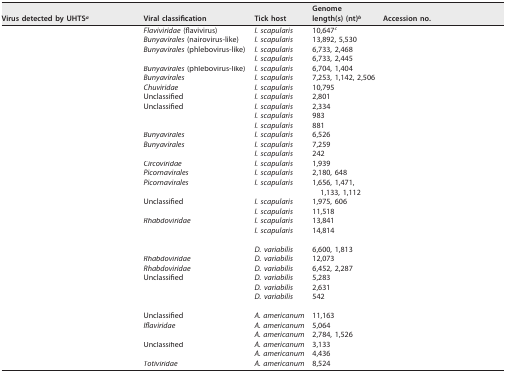
<table><thead><tr><td><b>Virus detected by UHTS<sup>a</sup></b></td><td><b>Viral classification</b></td><td><b>Tick host</b></td><td><b>Genome length(s) (nt)<sup>b</sup></b></td><td><b>Accession no.</b></td></tr></thead><tbody><tr><td>[EMPTY_CELL]</td><td><i>Flaviviridae</i> (flavivirus)</td><td><i>I. scapularis</i></td><td>10,647<sup>c</sup></td><td>[EMPTY_CELL]</td></tr><tr><td>[EMPTY_CELL]</td><td><i>Bunyavirales</i> (nairovirus-like)</td><td><i>I. scapularis</i></td><td>13,892, 5,530</td><td>[EMPTY_CELL]</td></tr><tr><td>[EMPTY_CELL]</td><td><i>Bunyavirales</i> (phlebovirus-like)</td><td><i>I. scapularis</i></td><td>6,733, 2,468</td><td>[EMPTY_CELL]</td></tr><tr><td>[EMPTY_CELL]</td><td>[EMPTY_CELL]</td><td><i>I. scapularis</i></td><td>6,733, 2,445</td><td>[EMPTY_CELL]</td></tr><tr><td>[EMPTY_CELL]</td><td><i>Bunyavirales</i> (phlebovirus-like)</td><td><i>I. scapularis</i></td><td>6,704, 1,404</td><td>[EMPTY_CELL]</td></tr><tr><td>[EMPTY_CELL]</td><td><i>Bunyavirales</i></td><td><i>I. scapularis</i></td><td>7,253, 1,142, 2,506</td><td>[EMPTY_CELL]</td></tr><tr><td>[EMPTY_CELL]</td><td><i>Chuviridae</i></td><td><i>I. scapularis</i></td><td>10,795</td><td>[EMPTY_CELL]</td></tr><tr><td>[EMPTY_CELL]</td><td>Unclassified</td><td><i>I. scapularis</i></td><td>2,801</td><td>[EMPTY_CELL]</td></tr><tr><td>[EMPTY_CELL]</td><td>Unclassified</td><td><i>I. scapularis</i></td><td>2,334</td><td>[EMPTY_CELL]</td></tr><tr><td>[EMPTY_CELL]</td><td>[EMPTY_CELL]</td><td><i>I. scapularis</i></td><td>983</td><td>[EMPTY_CELL]</td></tr><tr><td>[EMPTY_CELL]</td><td>[EMPTY_CELL]</td><td><i>I. scapularis</i></td><td>881</td><td>[EMPTY_CELL]</td></tr><tr><td>[EMPTY_CELL]</td><td><i>Bunyavirales</i></td><td><i>I. scapularis</i></td><td>6,526</td><td>[EMPTY_CELL]</td></tr><tr><td>[EMPTY_CELL]</td><td><i>Bunyavirales</i></td><td><i>I. scapularis</i></td><td>7,259</td><td>[EMPTY_CELL]</td></tr><tr><td>[EMPTY_CELL]</td><td>[EMPTY_CELL]</td><td><i>I. scapularis</i></td><td>242</td><td>[EMPTY_CELL]</td></tr><tr><td>[EMPTY_CELL]</td><td><i>Circoviridae</i></td><td><i>I. scapularis</i></td><td>1,939</td><td>[EMPTY_CELL]</td></tr><tr><td>[EMPTY_CELL]</td><td><i>Picornavirales</i></td><td><i>I. scapularis</i></td><td>2,180, 648</td><td>[EMPTY_CELL]</td></tr><tr><td>[EMPTY_CELL]</td><td><i>Picornavirales</i></td><td><i>I. scapularis</i></td><td>1,656, 1,471, 1,133, 1,112</td><td>[EMPTY_CELL]</td></tr><tr><td>[EMPTY_CELL]</td><td>Unclassified</td><td><i>I. scapularis</i></td><td>1,975, 606</td><td>[EMPTY_CELL]</td></tr><tr><td>[EMPTY_CELL]</td><td>[EMPTY_CELL]</td><td><i>I. scapularis</i></td><td>11,518</td><td>[EMPTY_CELL]</td></tr><tr><td>[EMPTY_CELL]</td><td><i>Rhabdoviridae</i></td><td><i>I. scapularis</i></td><td>13,841</td><td>[EMPTY_CELL]</td></tr><tr><td>[EMPTY_CELL]</td><td>[EMPTY_CELL]</td><td><i>I. scapularis</i></td><td>14,814</td><td>[EMPTY_CELL]</td></tr><tr><td colspan="5">[EMPTY_CELL]</td></tr><tr><td>[EMPTY_CELL]</td><td>[EMPTY_CELL]</td><td><i>D. variabilis</i></td><td>6,600, 1,813</td><td>[EMPTY_CELL]</td></tr><tr><td>[EMPTY_CELL]</td><td><i>Rhabdoviridae</i></td><td><i>D. variabilis</i></td><td>12,073</td><td>[EMPTY_CELL]</td></tr><tr><td>[EMPTY_CELL]</td><td><i>Rhabdoviridae</i></td><td><i>D. variabilis</i></td><td>6,452, 2,287</td><td>[EMPTY_CELL]</td></tr><tr><td>[EMPTY_CELL]</td><td>Unclassified</td><td><i>D. variabilis</i></td><td>5,283</td><td>[EMPTY_CELL]</td></tr><tr><td>[EMPTY_CELL]</td><td>[EMPTY_CELL]</td><td><i>D. variabilis</i></td><td>2,631</td><td>[EMPTY_CELL]</td></tr><tr><td>[EMPTY_CELL]</td><td>[EMPTY_CELL]</td><td><i>D. variabilis</i></td><td>542</td><td>[EMPTY_CELL]</td></tr><tr><td colspan="5">[EMPTY_CELL]</td></tr><tr><td>[EMPTY_CELL]</td><td>Unclassified</td><td><i>A. americanum</i></td><td>11,163</td><td>[EMPTY_CELL]</td></tr><tr><td>[EMPTY_CELL]</td><td><i>Iflaviridae</i></td><td><i>A. americanum</i></td><td>5,064</td><td>[EMPTY_CELL]</td></tr><tr><td>[EMPTY_CELL]</td><td>[EMPTY_CELL]</td><td><i>A. americanum</i></td><td>2,784, 1,526</td><td>[EMPTY_CELL]</td></tr><tr><td>[EMPTY_CELL]</td><td>Unclassified</td><td><i>A. americanum</i></td><td>3,133</td><td>[EMPTY_CELL]</td></tr><tr><td>[EMPTY_CELL]</td><td>[EMPTY_CELL]</td><td><i>A. americanum</i></td><td>4,436</td><td>[EMPTY_CELL]</td></tr><tr><td>[EMPTY_CELL]</td><td><i>Totiviridae</i></td><td><i>A. americanum</i></td><td>8,524</td><td>[EMPTY_CELL]</td></tr></tbody></table>